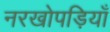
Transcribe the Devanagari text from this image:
नरखोपड़ियाँ